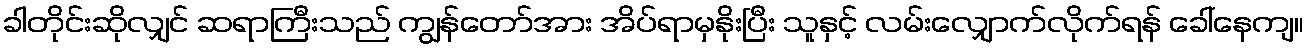
ခါတိုင်းဆိုလျှင် ဆရာကြီးသည် ကျွန်တော်အား အိပ်ရာမှနိုးပြီး သူနှင့် လမ်းလျှောက်လိုက်ရန် ခေါ်နေကျ။